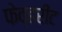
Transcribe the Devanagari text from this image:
फेव्हरीट